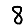
Digit: 8